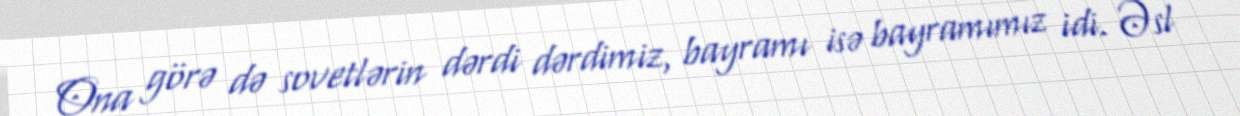
Ona görə də sovetlərin dərdi dərdimiz, bayramı isə bayramımız idi. Əsl